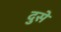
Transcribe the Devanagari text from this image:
दुसे